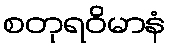
စတုရဝိမာနံ